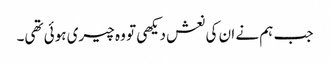
جب ہم نے ان کی نعش دیکھی تو وہ چیری ہوئی تھی۔